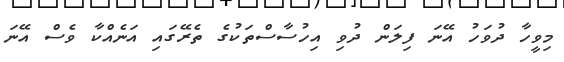
މިވީހާ ދުވަހު އޭނަ ފިލަން ދުވި އިހުސާސްތަކުގެ ތެރޭގައި އަނެއްކާ ވެސް އޭނަ